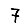
Digit: 7